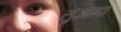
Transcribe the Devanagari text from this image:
लुआम्पा